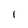
Character: 1